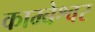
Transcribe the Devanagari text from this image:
काम्बेश्वर